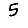
Digit: 5